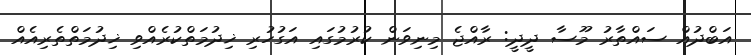
އަބްދުއް ސައްތާރު މޫސާ ދީދީ: ރާއްޖެ މިނިވަން ކުރުމުގައި އަގުހުރި ޚިދުމަތްކުރެއްވި ޚިދުމަތްތެރިއެއް